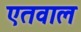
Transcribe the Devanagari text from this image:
एतवाल